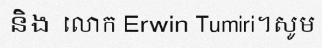
និង លោក Erwin Tumiri។សូម